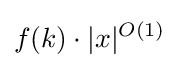
f(k)\cdot |x|^{O(1)}